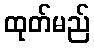
ထုတ်မည်